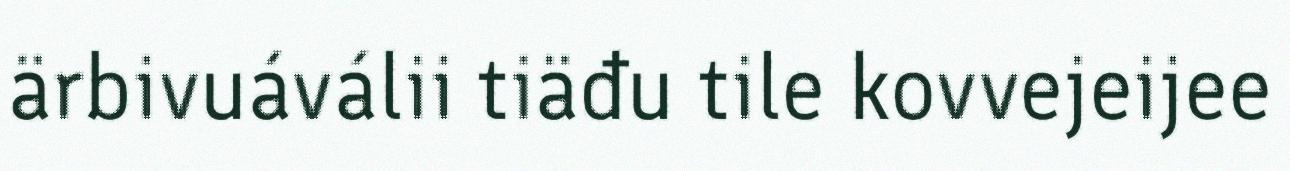
ärbivuáválii tiäđu tile kovvejeijee